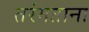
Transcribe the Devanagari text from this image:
तरंगताना